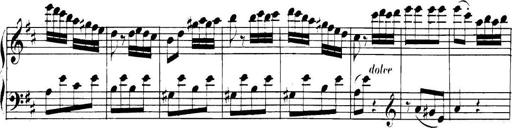
Title: Collected Piano Sonatas
Composer: Muzio Clementi